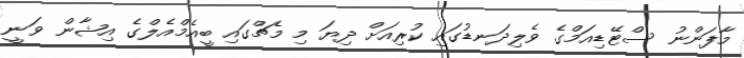
މާފަންނު ސްޓޭޑިއަމްގެ ވެލިދަނޑުގައި ކުރިއަށް ދިޔަ މި މެޗްގައި ބީއެމްއެލްގެ އިޝާން ވަނީ